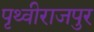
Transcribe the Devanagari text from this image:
पृथ्वीराजपुर